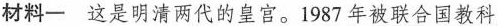
材料一这是明清两代的皇宫。1987年被联合国教科